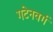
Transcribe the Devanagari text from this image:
गटेनवर्ग